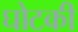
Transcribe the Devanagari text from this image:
घोटकी